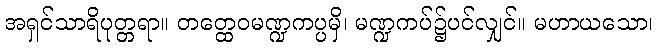
အရှင်သာရိပုတ္တရာ။ တတ္ထေဝမဏ္ဍကပ္ပမှိ၊ မဏ္ဍကပ်၌ပင်လျှင်။ မဟာယသော၊